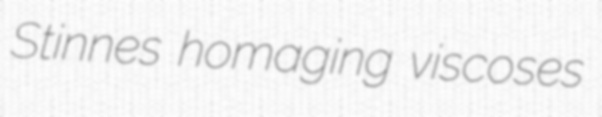
Stinnes homaging viscoses